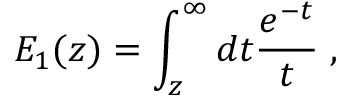
E _ { 1 } ( z ) = \int _ { z } ^ { \infty } d t \frac { e ^ { - t } } { t } \; ,